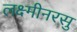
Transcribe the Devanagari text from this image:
लक्ष्मीनरसु